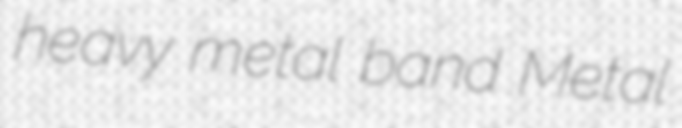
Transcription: heavy metal band Metal